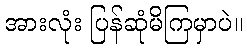
အားလုံး ပြန်ဆုံမိကြမှာပဲ။